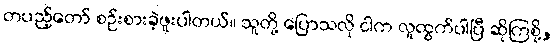
တပည့်တော် စဉ်းစားခဲ့ဖူးပါတယ်။ သူတို့ ပြောသလို ငါက လူထွက်ပါပြီ ဆိုကြစို့,